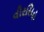
વીરસિહ